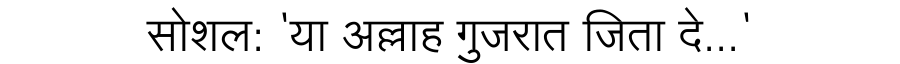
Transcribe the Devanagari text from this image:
सोशल: 'या अल्लाह गुजरात जिता दे...'